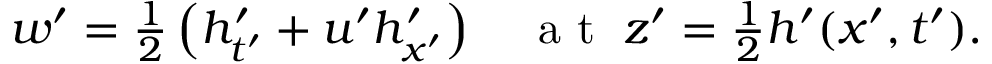
\begin{array} { r } { w ^ { \prime } = \frac { 1 } { 2 } \left( h _ { t ^ { \prime } } ^ { \prime } + u ^ { \prime } h _ { x ^ { \prime } } ^ { \prime } \right) \quad \mathrm { ~ a ~ t ~ } \; z ^ { \prime } = \frac { 1 } { 2 } h ^ { \prime } ( x ^ { \prime } , t ^ { \prime } ) . } \end{array}